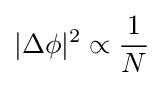
|\Delta \phi |^{2}\propto {\frac {1}{N}}